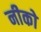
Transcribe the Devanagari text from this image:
नीको